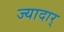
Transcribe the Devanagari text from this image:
ज्यादार्